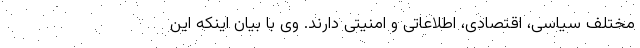
مختلف سیاسی، اقتصادی، اطلاعاتی و امنیتی دارند. وی با بیان اینکه این